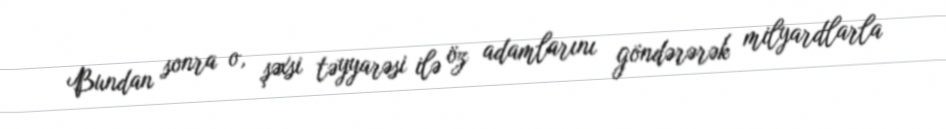
Bundan sonra o, şəxsi təyyarəsi ilə öz adamlarını göndərərək milyardlarla